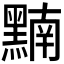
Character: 𪑮